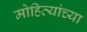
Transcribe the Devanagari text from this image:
मोहित्यांच्या